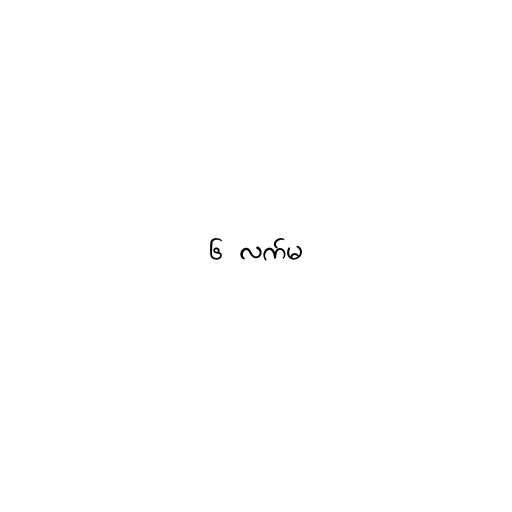
၆ လက်မ